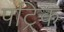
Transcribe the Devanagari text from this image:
पट्रिक